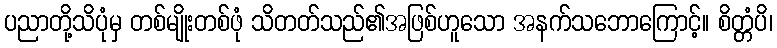
ပညာတို့သိပုံမှ တစ်မျိုးတစ်ဖုံ သိတတ်သည်၏အဖြစ်ဟူသော အနက်သဘောကြောင့်။ စိတ္တံပိ၊